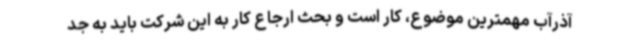
آذرآب مهمترین موضوع، کار است و بحث ارجاع کار به این شرکت باید به جد